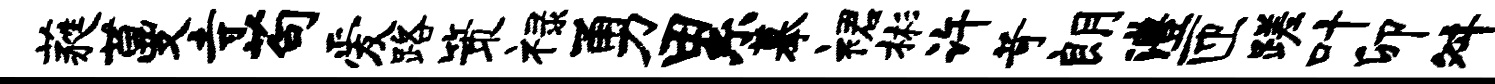
蕤蔓寺苟爱路策禄勇累摹裙彬许苛朗澧匝蹉叶卯舛